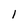
Character: 1